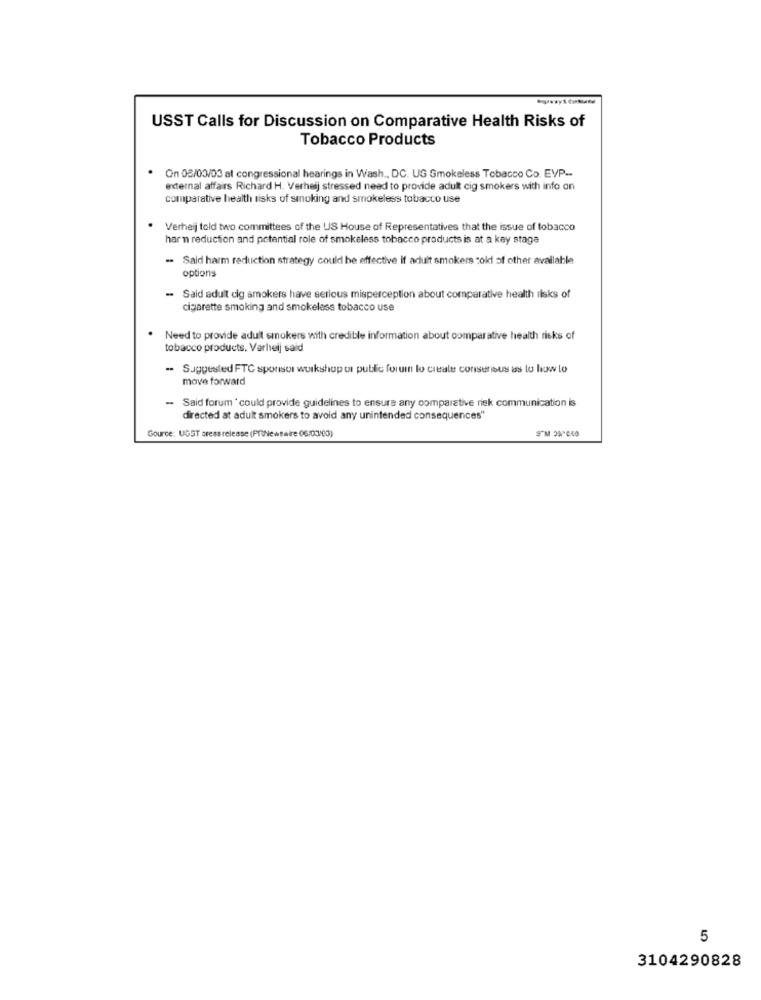
USST Calls for Discussion on Comparative Health Risks of
Tobacco Products
On 08/03/03 at congressional hearings in Wash ., DC. US Smokeless Tobacco Co. EVP -.
external affairs Richard H. Verheij stressed need to provide adult cig smokers with info on
comparative health risks of smoking and smokeless tobacco use
Verheij told two committees of the US House of Representatives that the issue of tobacco
harm reduction and potential role of smokeless tobacco products is at a key stage
. Said harm reduction strategy could be effective if adult smokers cold of other available
options
-
Said adult cig smokers have serious misperception about comparative health risks of
cigarette smoking and smokeless tobacco use
Need to provide adult smokers with credible information about comparative health risks of
tobacco products. Verheij said
Suggested FTC sponsor workshop ul public forum lo crtale consensus as to how lo
move forward
- Said forum * could provide guidelines to ensure any comparative riek communication is
directed at adult smokers to avoid any unintended consequences"
Source: UGST press release (PrNewswire 06/03/00)
5
3104290828